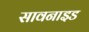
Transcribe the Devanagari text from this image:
सावनाइड